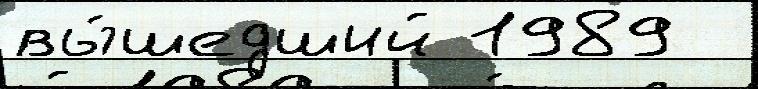
вы́шедший 1989